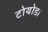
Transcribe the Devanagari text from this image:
टोयोडा